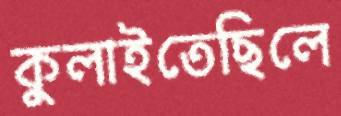
কুলাইতেছিলে